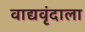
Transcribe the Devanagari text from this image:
वाद्यवृंदाला